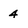
Character: 4